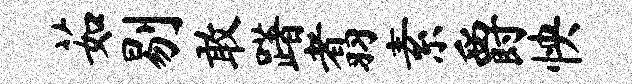
茹剔敢躇翥素爵怏